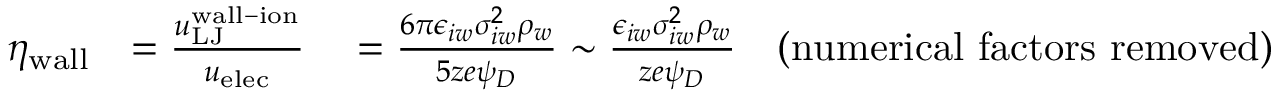
\begin{array} { r l } { \eta _ { \mathrm { w a l l } } } & { = \frac { u _ { \mathrm { L J } } ^ { \mathrm { w a l l - i o n } } } { u _ { \mathrm { e l e c } } } \quad = \frac { 6 \pi \epsilon _ { i w } \sigma _ { i w } ^ { 2 } \rho _ { w } } { 5 z e \psi _ { D } } \sim \frac { \epsilon _ { i w } \sigma _ { i w } ^ { 2 } \rho _ { w } } { z e \psi _ { D } } \quad \mathrm { ( n u m e r i c a l ~ f a c t o r s ~ r e m o v e d ) } } \end{array}